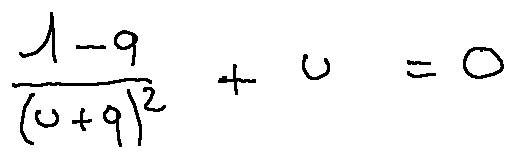
\frac { 1 - q } { ( u + q ) ^ { 2 } } + u = 0